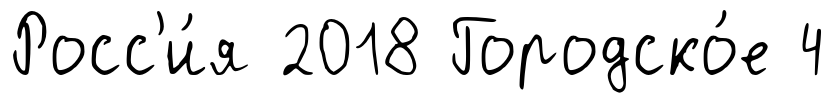
Росс'и́я 2018 Городско́е 4